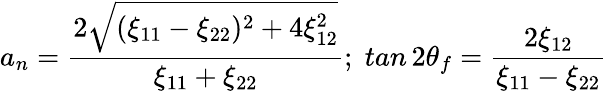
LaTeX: a_{n}=\frac{2\sqrt{(\xi_{11}-\xi_{22})^{2}+4\xi_{12}^{2}}}{\xi_{11}+\xi_{22}};\; tan\, 2\theta_{f}=\frac{2\xi_{12}}{\xi_{11}-\xi_{22}}